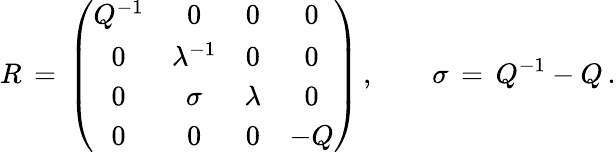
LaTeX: R\, =\, \left(\begin{array}{cccc}{{Q^{-1}}}&{{0}}&{{0}}&{{0}}\\ {{0}}&{{\lambda^{-1}}}&{{0}}&{{0}}\\ {{0}}&{{\sigma}}&{{\lambda}}&{{0}}\\ {{0}}&{{0}}&{{0}}&{{-Q}}\end{array}\right)\, ,\qquad\sigma\, =\, Q^{-1}-Q\, .